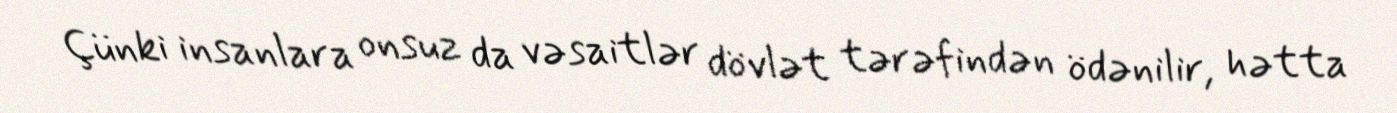
Çünki insanlara onsuz da vəsaitlər dövlət tərəfindən ödənilir, hətta